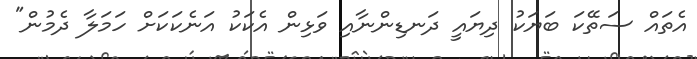
އެތައް ސަތޭކަ ބަޔަކު ދިޔައީ ދަނޑިންނާއި ވަޅިން އެކަކު އަނެކަކަށް ހަމަލާ ދެމުން"